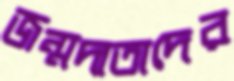
জন্মদাতাদের